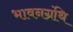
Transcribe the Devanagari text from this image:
भावनग्रंथि